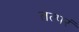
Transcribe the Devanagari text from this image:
तत्परं